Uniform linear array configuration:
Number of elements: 8
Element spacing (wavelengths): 0.5
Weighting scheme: uniform
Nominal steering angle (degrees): -60
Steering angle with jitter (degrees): -59.277
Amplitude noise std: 0.05
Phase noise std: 0.05

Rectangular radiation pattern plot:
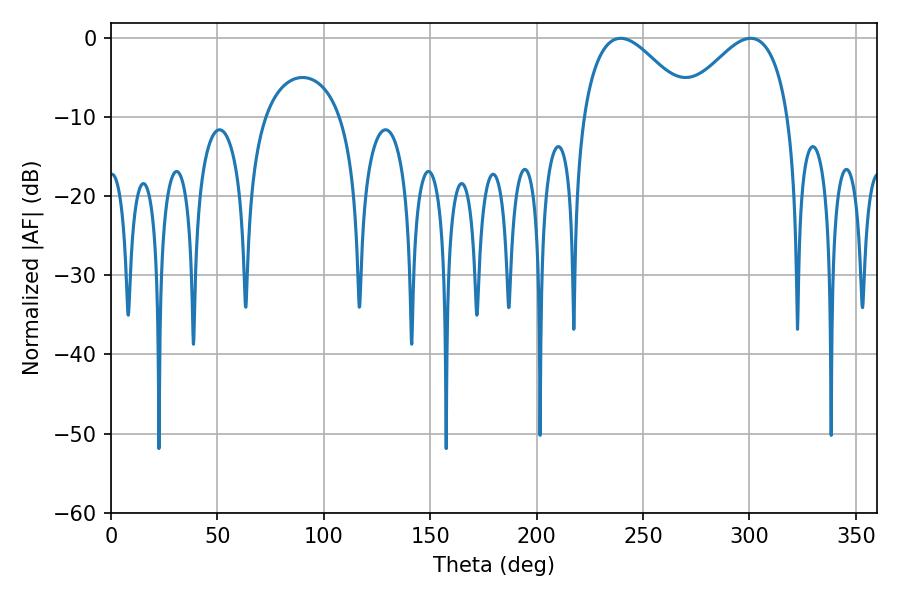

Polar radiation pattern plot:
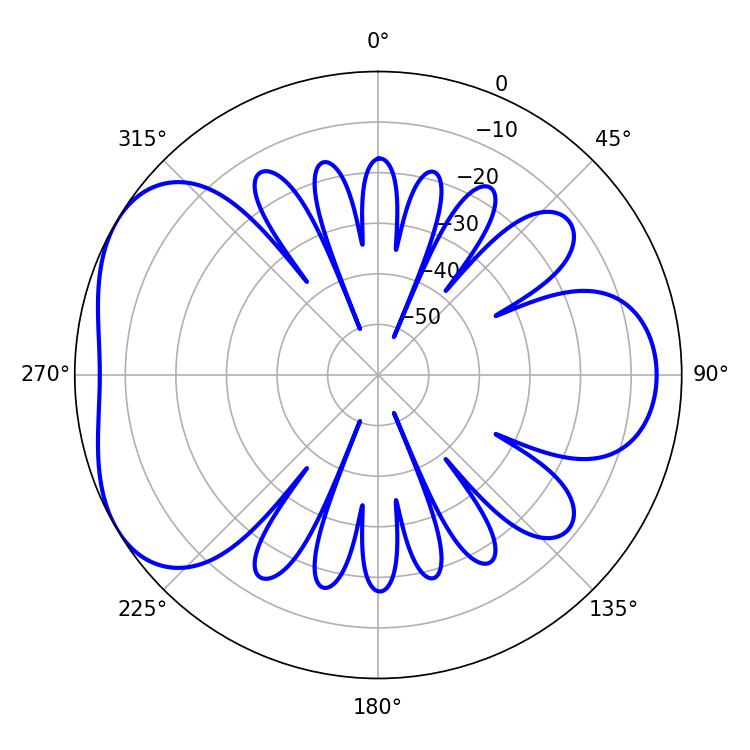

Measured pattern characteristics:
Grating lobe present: FALSE
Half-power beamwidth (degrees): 27.72
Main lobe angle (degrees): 239.4